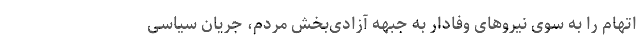
اتهام را به سوی نیروهای وفادار به جبهه آزادی‌بخش مردم، جریان سیاسی